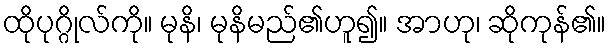
ထိုပုဂ္ဂိုလ်ကို။ မုနိ၊ မုနိမည်၏ဟူ၍။ အာဟု၊ ဆိုကုန်၏။